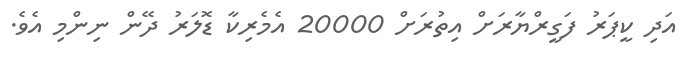
އަދި ކީޕަރު ފަގީރްޔާރަށް އިތުރަށް 20000 އެމެރިކާ ޑޮލަރު ދޭން ނިންމި އެވެ.